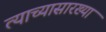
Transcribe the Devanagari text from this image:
त्याच्यासारख्या